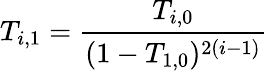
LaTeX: T_{i,1}=\frac{T_{i,0}}{(1-T_{1,0})^{2(i-1)}}